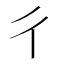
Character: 彳